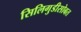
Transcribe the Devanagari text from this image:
सिलिगुडीसोबत